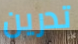
تدرين